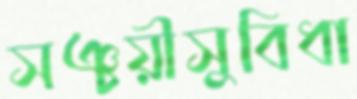
সঞ্চয়ীসুবিধা